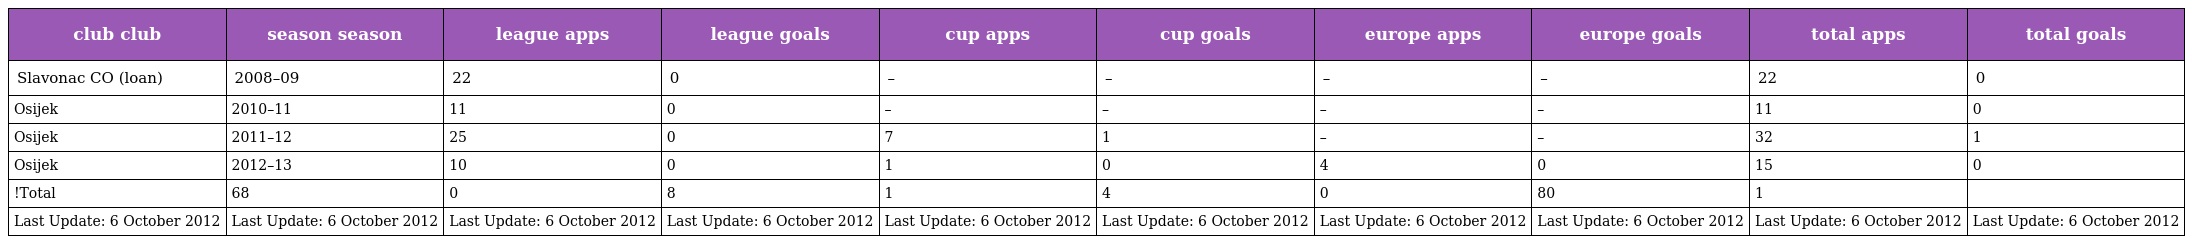
| club club | season season | league apps | league goals | cup apps | cup goals | europe apps | europe goals | total apps | total goals |
 | --- | --- | --- | --- | --- | --- | --- | --- | --- | --- |
 | Slavonac CO (loan) | 2008–09 | 22 | 0 | – | – | – | – | 22 | 0 |
 | Osijek | 2010–11 | 11 | 0 | – | – | – | – | 11 | 0 |
 | Osijek | 2011–12 | 25 | 0 | 7 | 1 | – | – | 32 | 1 |
 | Osijek | 2012–13 | 10 | 0 | 1 | 0 | 4 | 0 | 15 | 0 |
 | !Total | 68 | 0 | 8 | 1 | 4 | 0 | 80 | 1 |  |
 | Last Update: 6 October 2012 | Last Update: 6 October 2012 | Last Update: 6 October 2012 | Last Update: 6 October 2012 | Last Update: 6 October 2012 | Last Update: 6 October 2012 | Last Update: 6 October 2012 | Last Update: 6 October 2012 | Last Update: 6 October 2012 | Last Update: 6 October 2012 |